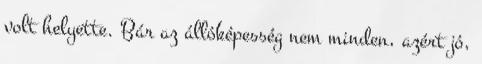
volt helyette. Bár az állóképesség nem minden, azért jó,